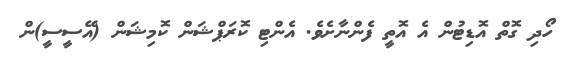
ހޯދި ގޮތް އޮޑިޓުން އެ އޮތީ ފެންނާށެވެ. އެންޓި ކޮރަޕްޝަން ކޮމިޝަން (އޭސީސީ)ން